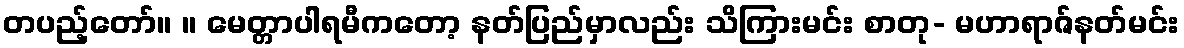
တပည့်တော်။ ။ မေတ္တာပါရမီကတော့ နတ်ပြည်မှာလည်း သိကြားမင်း စာတု- မဟာရာဇ်နတ်မင်း